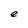
Character: e